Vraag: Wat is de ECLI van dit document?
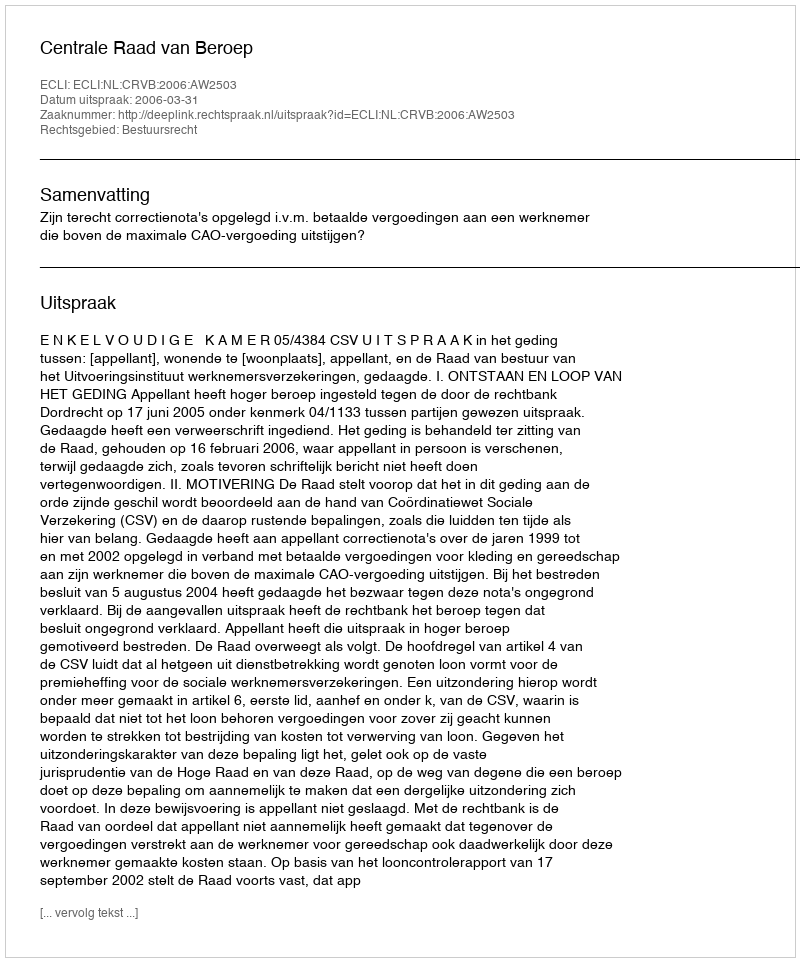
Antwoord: ECLI:NL:CRVB:2006:AW2503